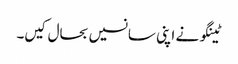
ٹینگو نے اپنی سانسیں بحال کیں۔